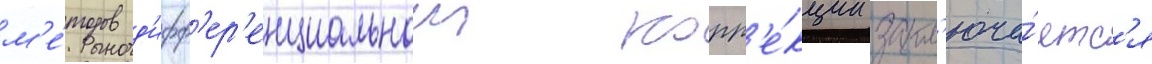
м'е́тодов д'ифф'ер'енциальнои корр'е́кции закл'юча́етс'я